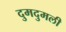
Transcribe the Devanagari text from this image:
दुमदुमली